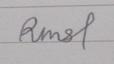
Signature authenticity: forged